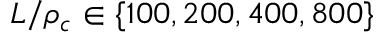
L / \rho _ { c } \in \{ 1 0 0 , 2 0 0 , 4 0 0 , 8 0 0 \}